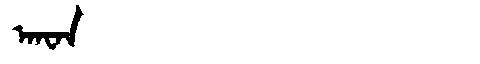
Manchu: ᠠᠨᠸᠠᠨ
Romanization: ANWAN